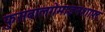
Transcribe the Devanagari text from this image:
फुसबालगेमाइनशाफ्ट